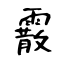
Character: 霰